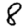
Digit: 8